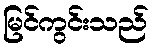
မြင်ကွင်းသည်